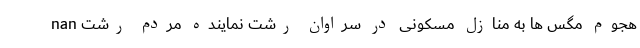
nan هجوم‌ مگس ‌ها به منازل مسکونی در سراوانِ رشت نماینده مردم رشت